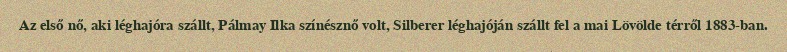
Az első nő, aki léghajóra szállt, Pálmay Ilka színésznő volt, Silberer léghajóján szállt fel a mai Lövölde térről 1883-ban.